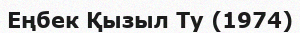
Еңбек Қызыл Ту (1974)